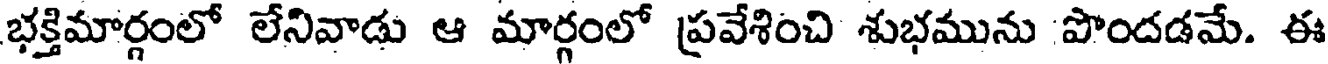
భక్తిమార్గంలో లేనివాడు ఆ మార్గంలో ప్రవేశించి శుభమును 'పొందడమే. ఈ